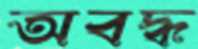
অবদ্ধ